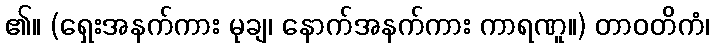
၏။ (ရှေးအနက်ကား မုချ၊ နောက်အနက်ကား ကာရဏူ။) တာဝတိကံ၊